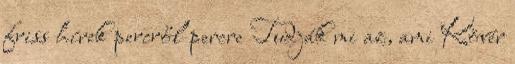
friss hírek percről percre Tudják mi az, ami Kövér